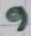
Text: 9